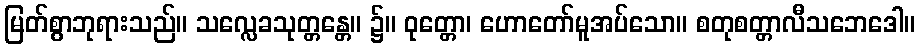
မြတ်စွာဘုရားသည်။ သလ္လေခသုတ္တန္တေ။ ၌။ ဝုတ္တော၊ ဟောတော်မူအပ်သော။ စတုစတ္တာလီသဘေဒေါ။